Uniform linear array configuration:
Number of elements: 8
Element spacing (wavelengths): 0.25
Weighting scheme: hann
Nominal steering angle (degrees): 45
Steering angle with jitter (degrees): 43.956
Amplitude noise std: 0.05
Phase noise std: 0.05

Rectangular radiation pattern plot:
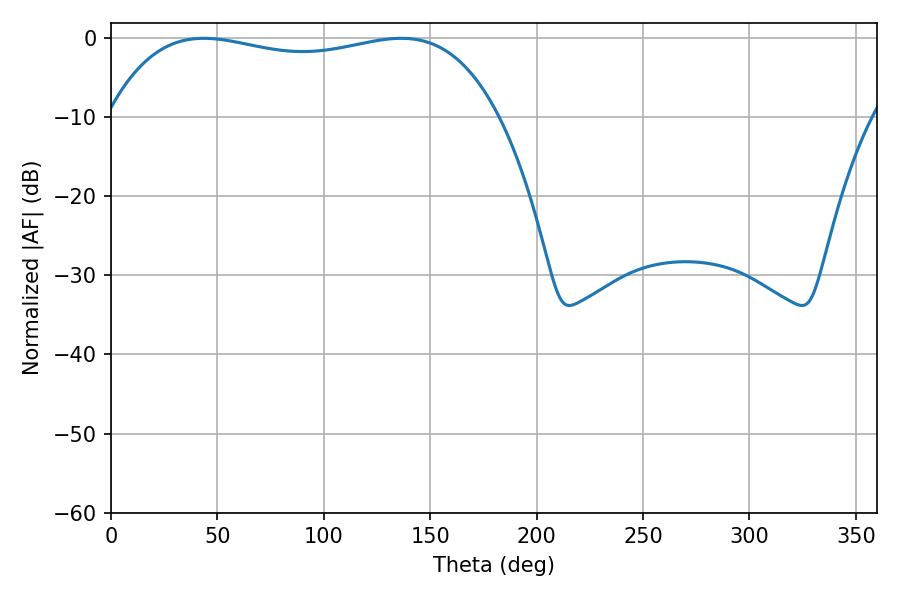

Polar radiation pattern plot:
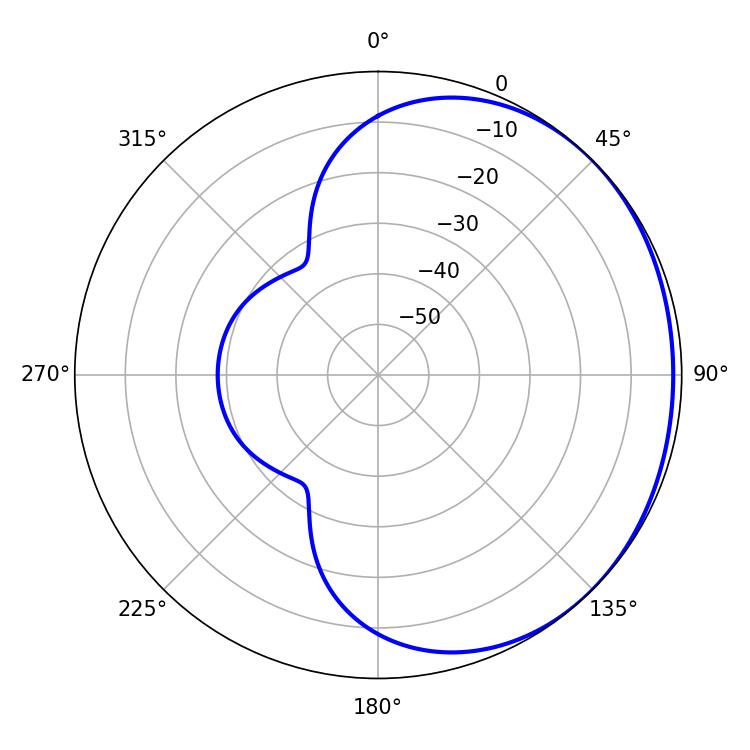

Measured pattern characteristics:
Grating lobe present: FALSE
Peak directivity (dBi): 0.9417
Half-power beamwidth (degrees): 148.32
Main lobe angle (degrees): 43.56